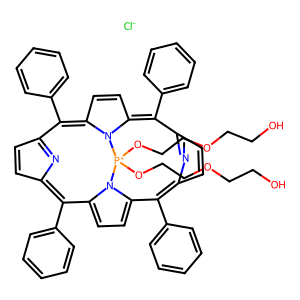
SMILES: OCCOCCO[P+]1(OCCOCCO)n2c3ccc2C(c2ccccc2)=C2C=CC(=N2)C(c2ccccc2)=c2ccc(n21)=C(c1ccccc1)C1=NC(=C3c2ccccc2)C=C1.[Cl-]
Inhibits HIV replication: No